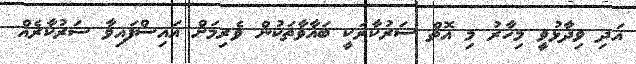
އަދި ވިދާޅުވީ މިހާރު މި އޮތް ސަރުކާރަކީ ބަޣާވާތަކުން ވެރިމަށް އައިސްފައިވާ ސަރުކާރެއް